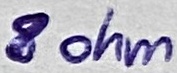
Text: 8 ohm